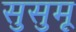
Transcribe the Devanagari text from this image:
सुसुमू